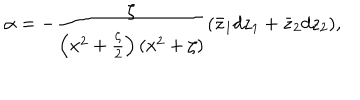
LaTeX: \alpha = - { \frac { \zeta } { \left( x ^ { 2 } + { \frac { \zeta } { 2 } } \right) \left( x ^ { 2 } + \zeta \right) } } ( \bar { z } _ { 1 } d z _ { 1 } + \bar { z } _ { 2 } d z _ { 2 } ) ,